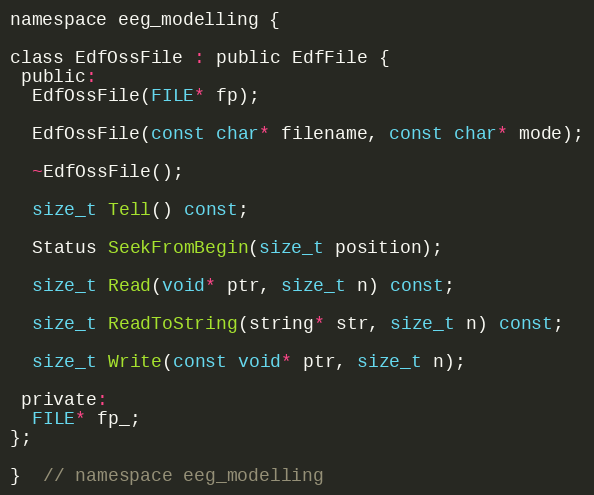
Language: C
namespace eeg_modelling {

class EdfOssFile : public EdfFile {
 public:
  EdfOssFile(FILE* fp);

  EdfOssFile(const char* filename, const char* mode);

  ~EdfOssFile();

  size_t Tell() const;

  Status SeekFromBegin(size_t position);

  size_t Read(void* ptr, size_t n) const;

  size_t ReadToString(string* str, size_t n) const;

  size_t Write(const void* ptr, size_t n);

 private:
  FILE* fp_;
};

}  // namespace eeg_modelling